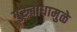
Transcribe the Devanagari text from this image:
गुरुबोधामुळे